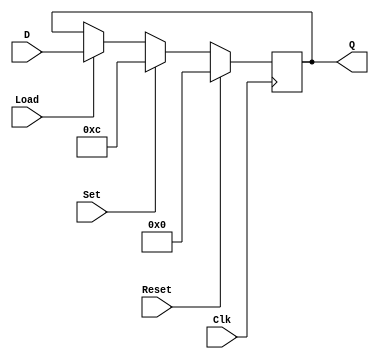
`timescale 1 ns / 1 ps

module lab_6_1_2(D,Clk,Reset,Set,Load,Q);
    input wire[3:0] D;       //sw3,sw2,sw1,sw0
    input wire Clk;          //swt15
    input wire Reset;        //swt4
    input wire Set;          //sw5
    input wire Load;         //sw6
    output reg[3:0] Q;       //led3,led2,led1,led0

    always @(posedge Clk)
        if(Reset)
          begin
            Q <= 4'b0000;
          end
        else
            begin
                if(Set)
                    Q <= 4'b1100;
                else
                    begin
                        if(Load)
                            Q <= D;
                    end
            end

endmodule